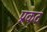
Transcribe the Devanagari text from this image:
प्रकद